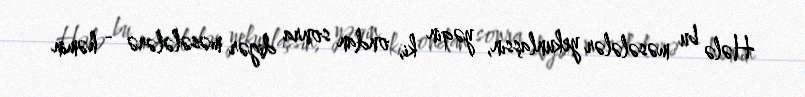
Hələ bu məsələlər yekunlaşsın, yəqin ki, ondan sonra digər məsələlərə - həmin